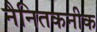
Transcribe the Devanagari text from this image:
नैनितकनीक